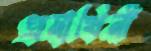
প্রমাথিনী